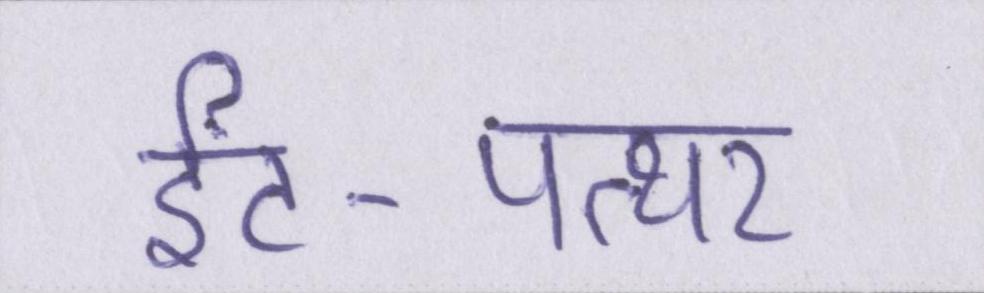
ईंट-पत्थर